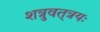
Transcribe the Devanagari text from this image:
शत्रुवत्‌त्रयः